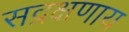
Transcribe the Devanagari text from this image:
सद्रक्षणाय